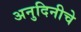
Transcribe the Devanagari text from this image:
अनुदिनीचे